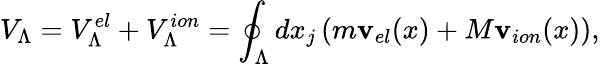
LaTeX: V_{\Lambda}=V_{\Lambda}^{el}+V_{\Lambda}^{ion}=\oint_{\Lambda}dx_{j}\left(m\mathbf{v}_{el}(x)+M\mathbf{v}_{ion}(x)\right),